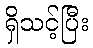
ရှိသင့်ပြီး